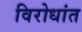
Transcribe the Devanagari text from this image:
विरोधांत